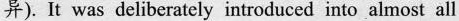
异).It was deliberately introduced into almost all